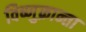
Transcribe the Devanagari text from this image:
विष्णुक्रान्ता